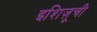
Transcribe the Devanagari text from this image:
इशिज़ूची